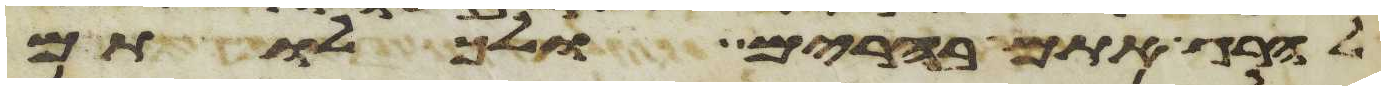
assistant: להרג אתם בהרים ולכלותם